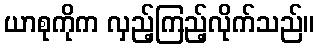
ယာစုကိုက လှည့်ကြည့်လိုက်သည်။